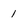
Character: 1